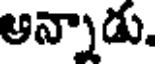
అన్నాడు.